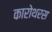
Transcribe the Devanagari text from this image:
कारोथरस